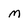
Character: m